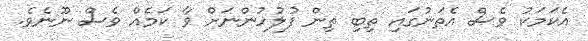
އެކަމަކު ވެސް އެތަނުގައި ތިބި ތިން ފުލުހުންނަށް ވާ ކަމެއް ވެސް ނޫނެވެ.